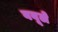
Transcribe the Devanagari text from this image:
बबूले